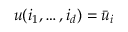
u ( i _ { 1 } , \ldots , i _ { d } ) = \bar { u } _ { i }